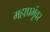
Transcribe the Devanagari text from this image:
महाप्रभूंवर